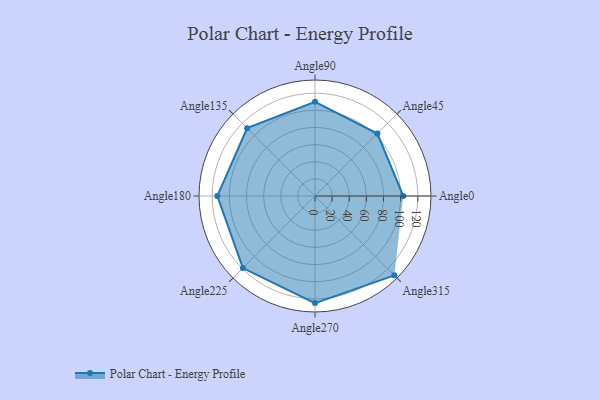
{"axis": {"x": "Angle", "y": "Radius"}, "legend": [""], "data": [{"x": "Angle0", "y": 103.0, "type": ""}, {"x": "Angle45", "y": 103.0, "type": ""}, {"x": "Angle90", "y": 110.0, "type": ""}, {"x": "Angle135", "y": 112.0, "type": ""}, {"x": "Angle180", "y": 114.0, "type": ""}, {"x": "Angle225", "y": 119.0, "type": ""}, {"x": "Angle270", "y": 125.0, "type": ""}, {"x": "Angle315", "y": 131.0, "type": ""}]}